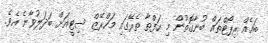
ބައެއް ރިޕޯޓްތައް ބުނާގޮތުން މި ހަފްތާ ތެރޭގައި މަހްރޭޒް ސިޓީއަށް ބަދަލުވާނެ އެވެ.